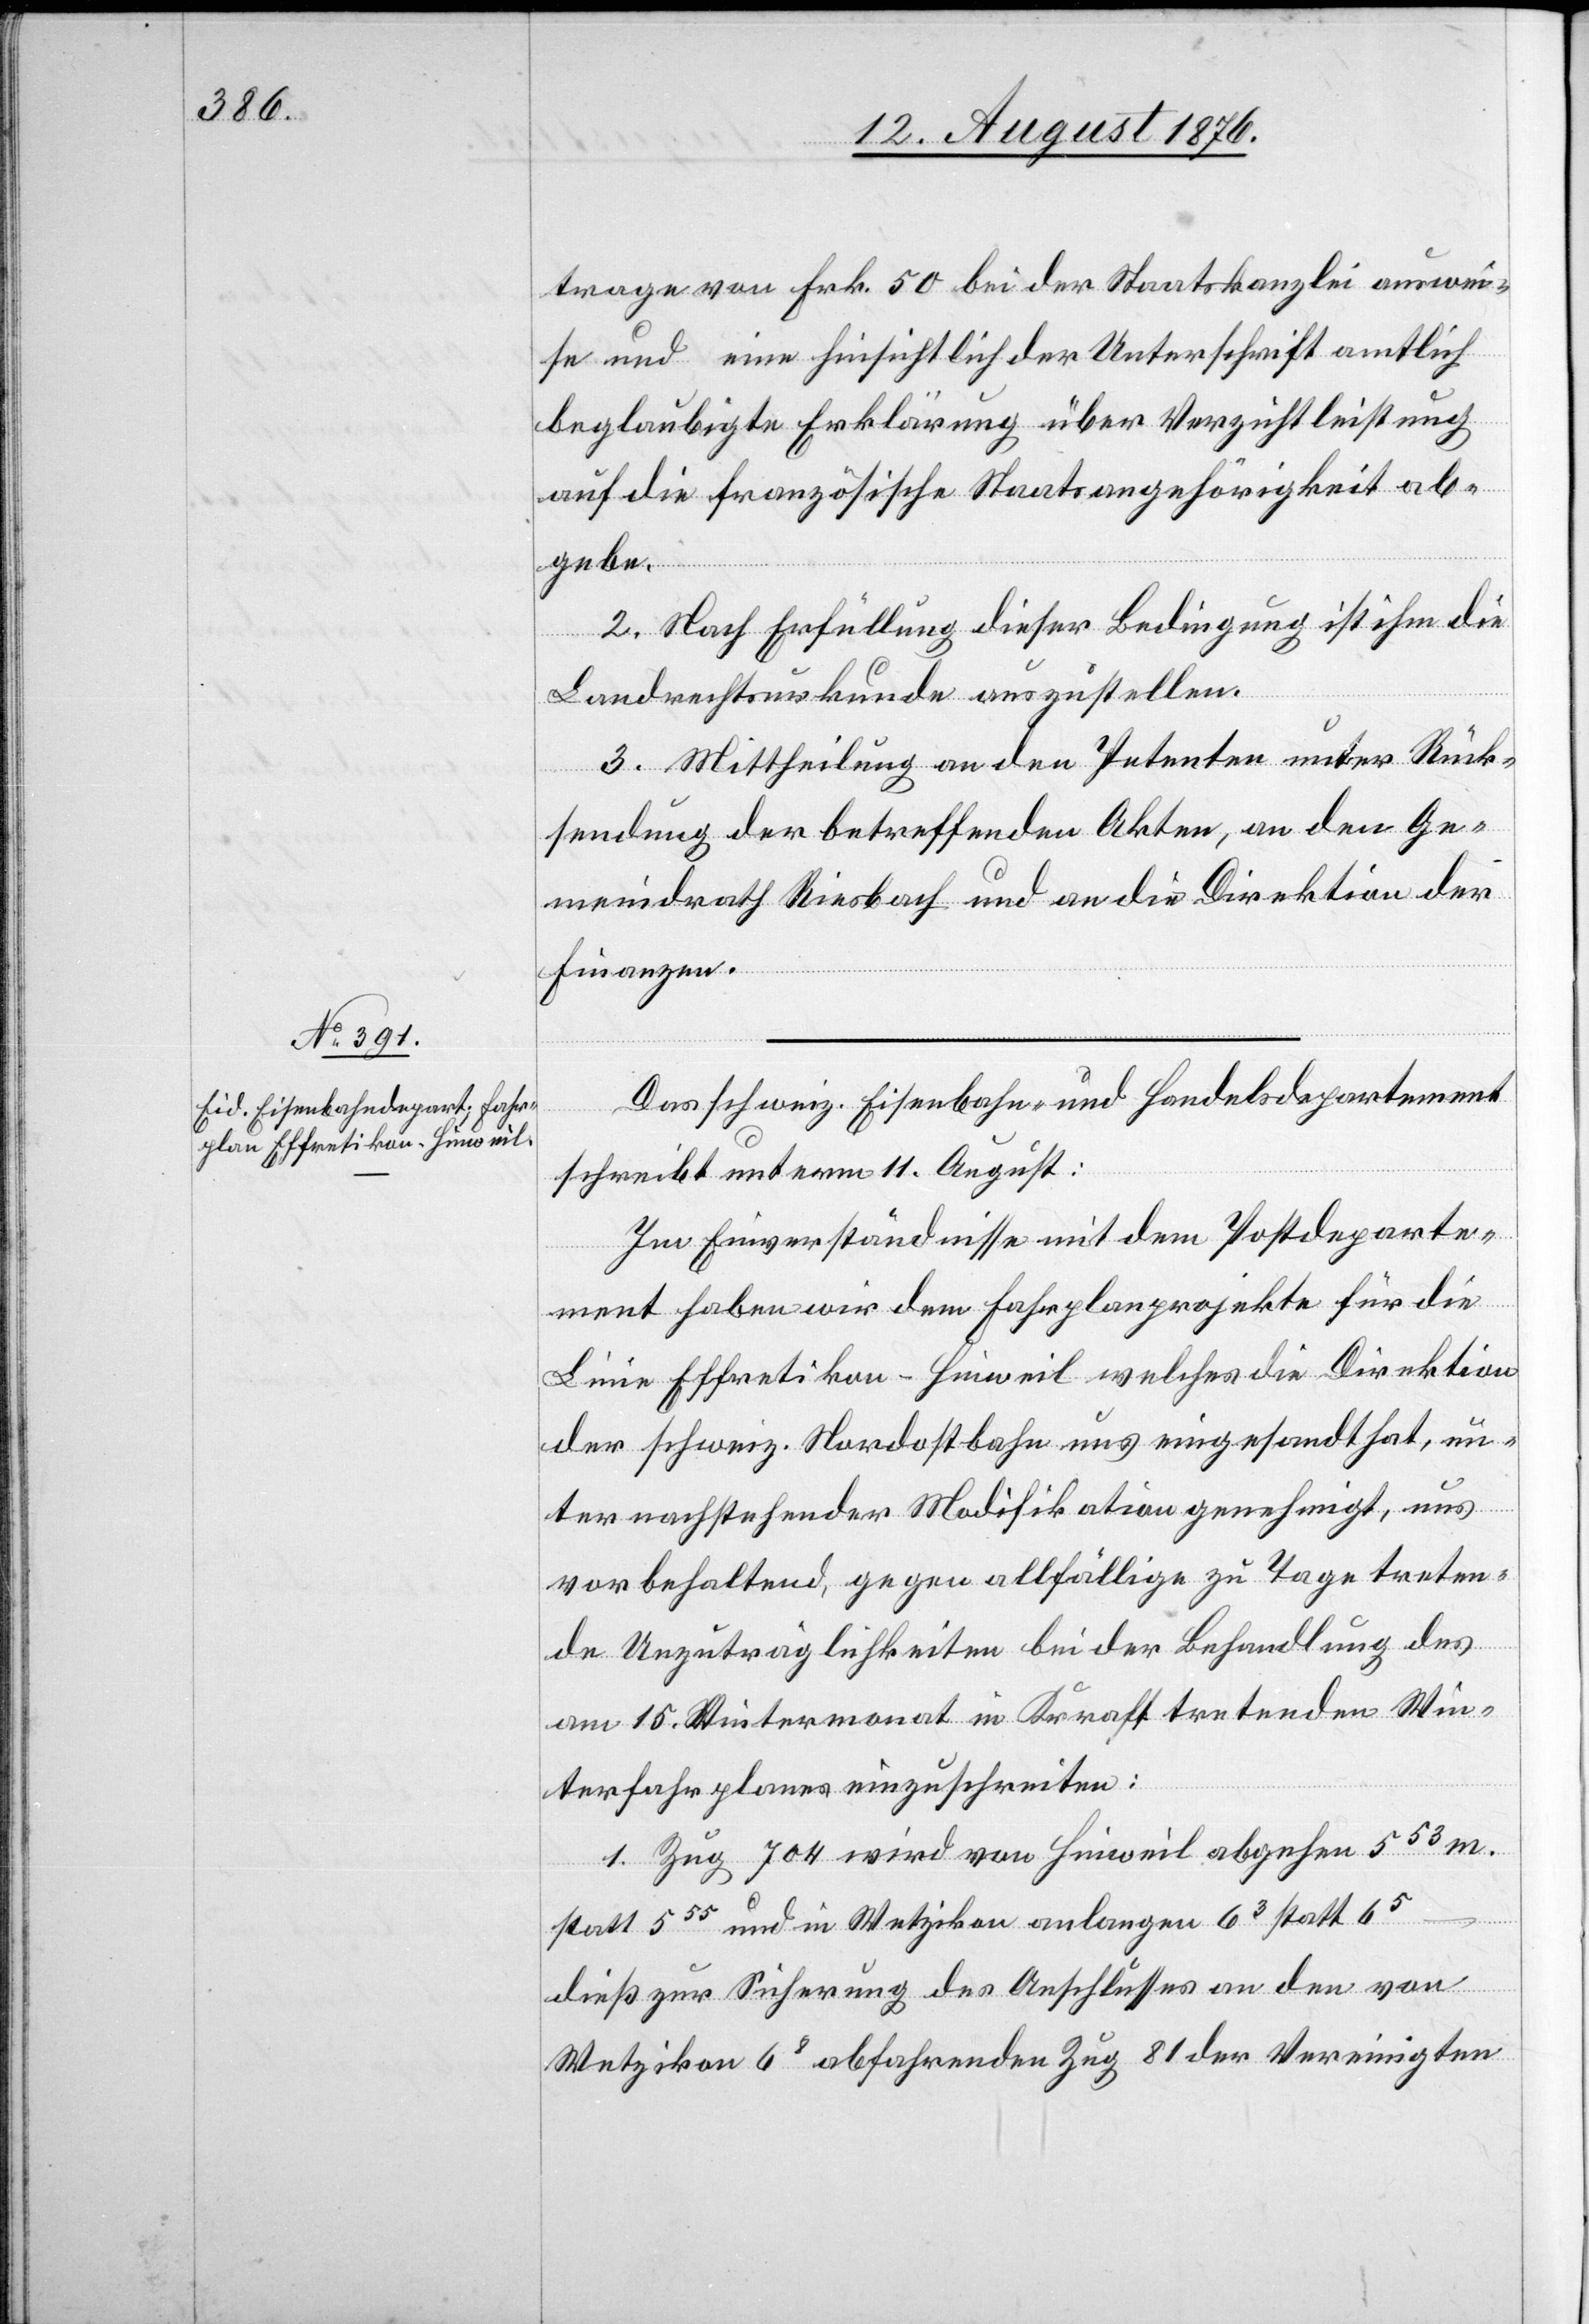
trage von Frk. 50 bei der Staatskanzlei auswei¬
se und eine hinsichtlich der Unterschrift amtlich
beglaubigte Erklärung über Verzichtleistung
auf die französische Staatsangehörigkeit ab¬
gebe.
2. Nach Erfüllung dieser Bedingung ist ihm die
Landrechtsurkunde auszustellen.
3. Mittheilung an den Petenten unter Rück¬
sendung der betreffenden Akten, an den Ge¬
meindrath Riesbach und an die Direktion der
Finanzen.